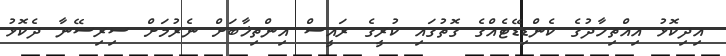
އިދިކޮޅު އިއްތިހާދުގެ ކެންޑިޑޭޓެއްގެ ގޮތުގައި ކުރީގެ ރައީސް އިންތިޚާބަށް ނެރުމަށް ސިރިސޭނާ ދެކޮޅު